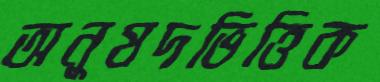
অনুষদভিত্তিক